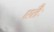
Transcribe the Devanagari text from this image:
एतैः